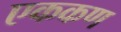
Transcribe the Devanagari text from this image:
एककण